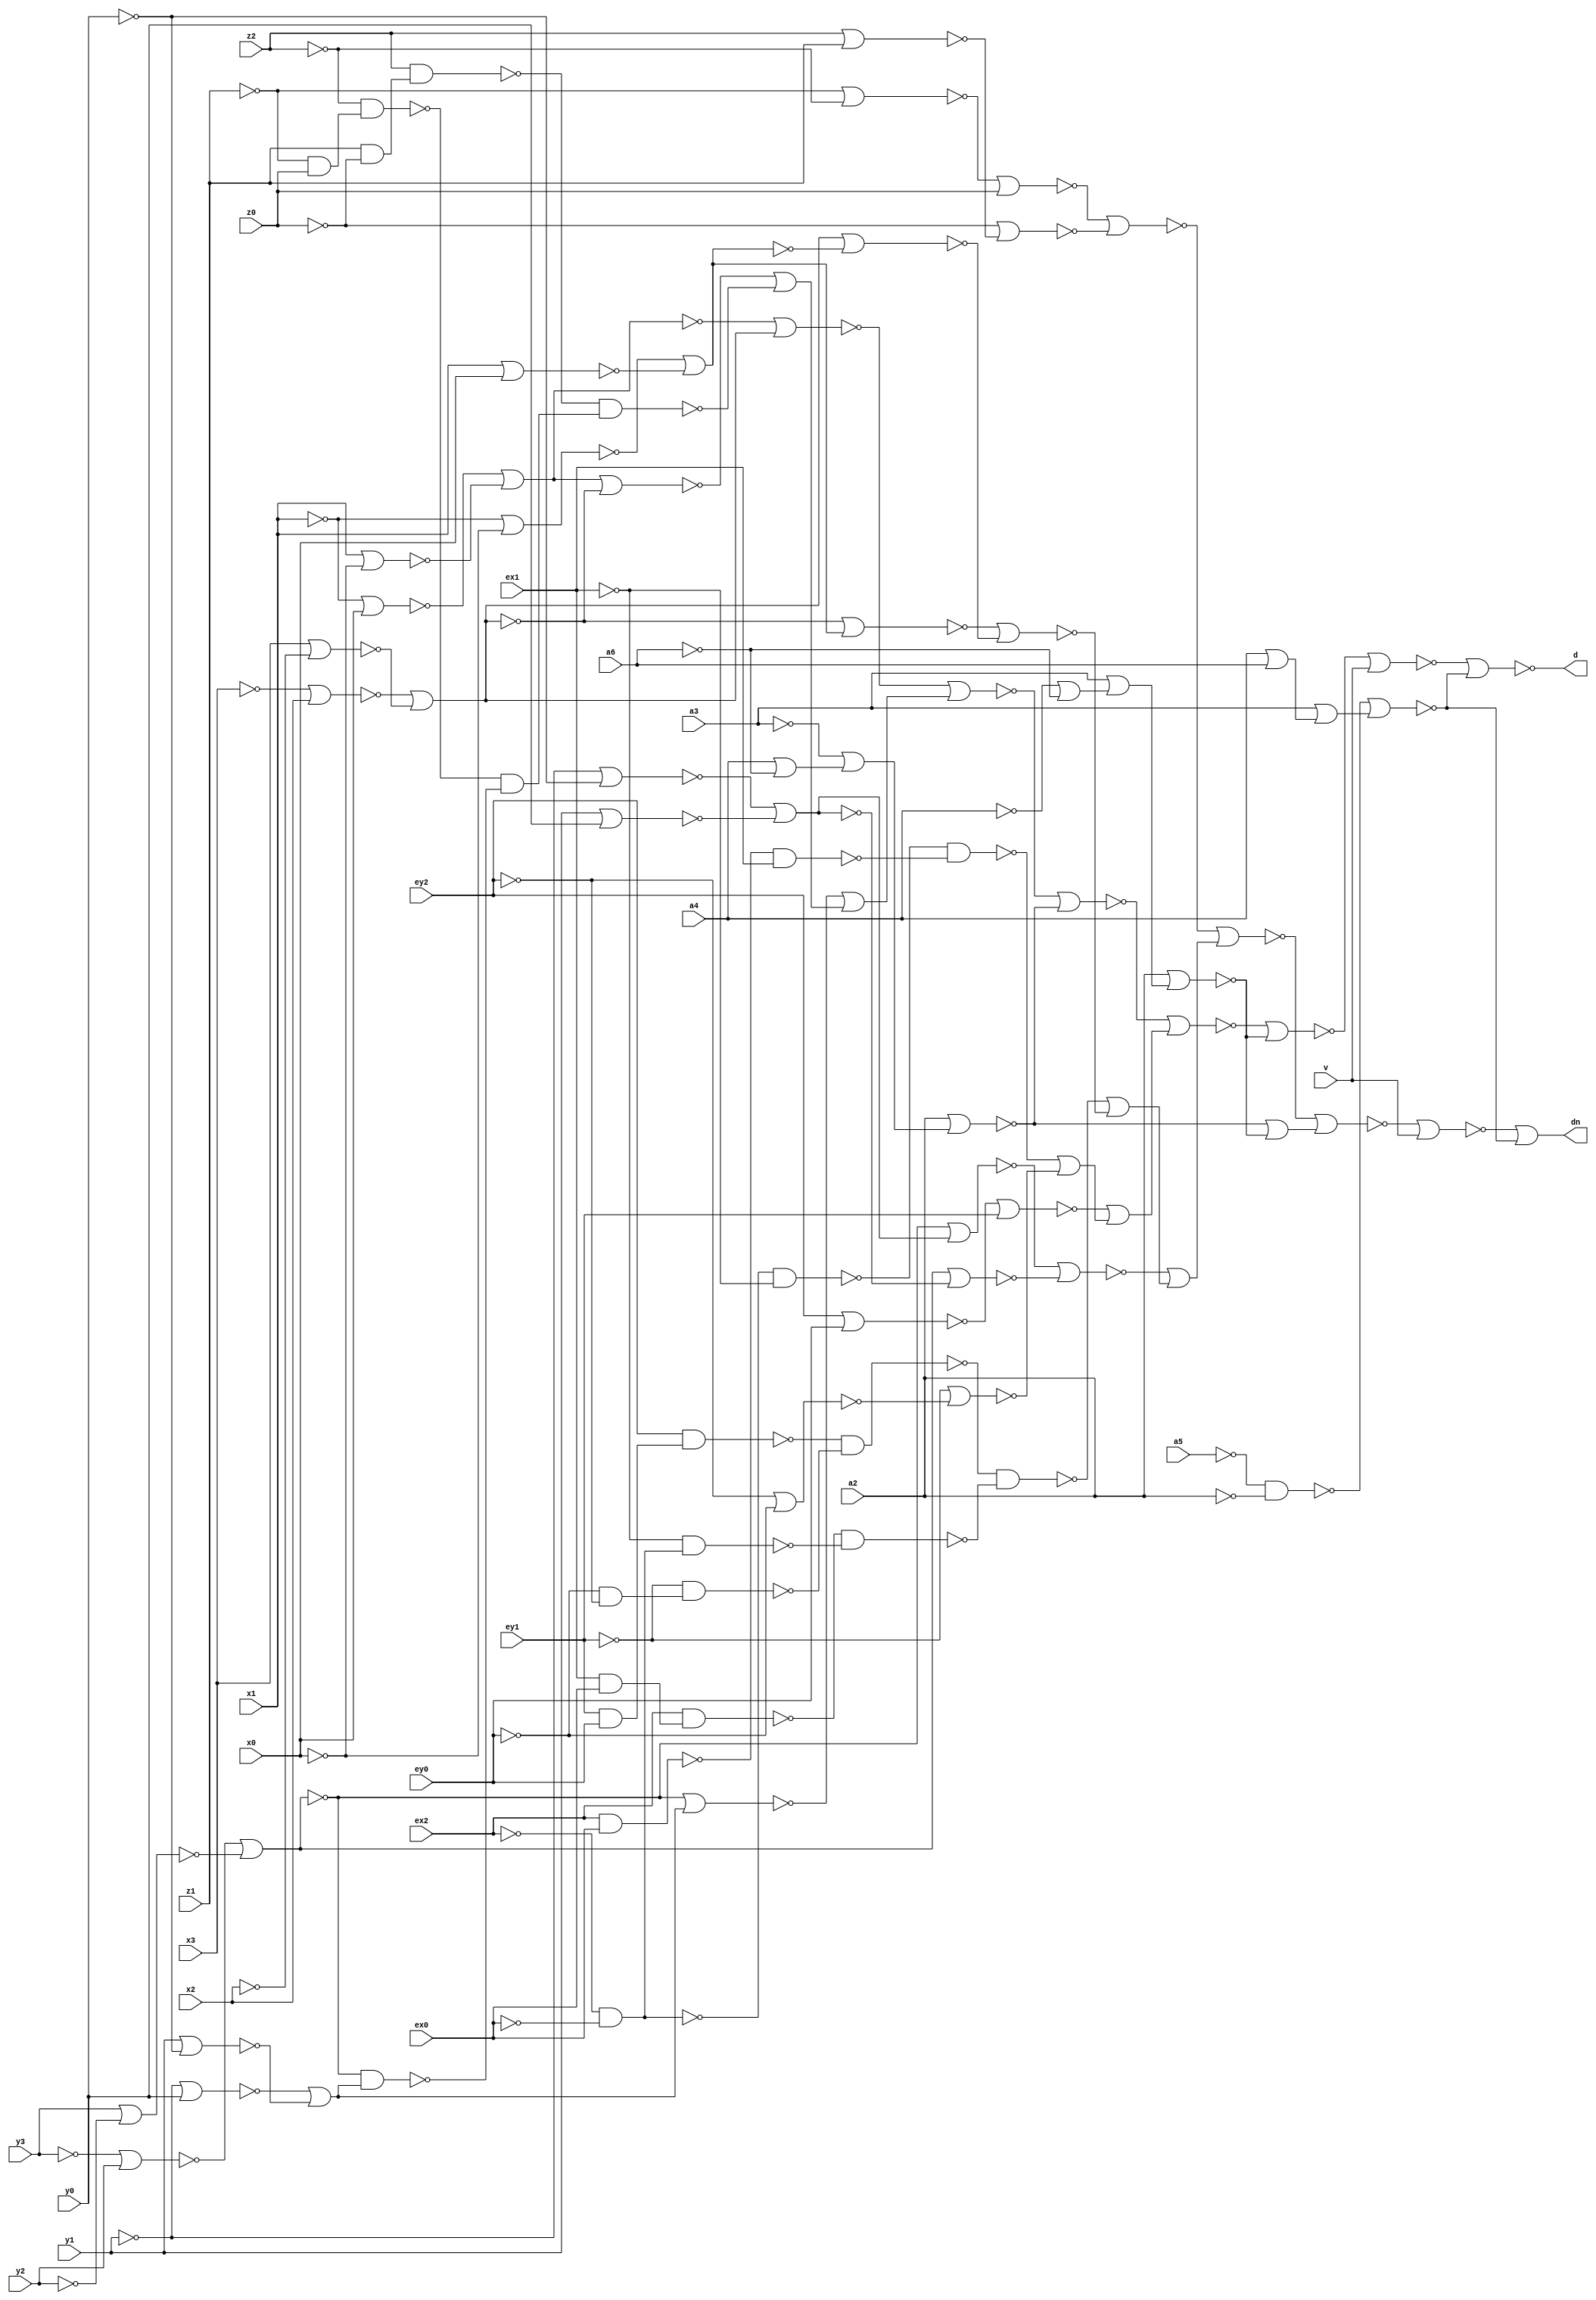
// IWLS benchmark module "cordic" printed on Wed May 29 16:31:29 2002
module cordic(a6, a4, a3, a2, a5, v, x0, x1, x2, x3, y0, y1, y2, y3, z0, z1, z2, ex0, ex1, ex2, ey0, ey1, ey2, d, dn);
input
  ex0,
  ex1,
  ex2,
  ey0,
  ey1,
  ey2,
  v,
  x0,
  x1,
  x2,
  x3,
  y0,
  y1,
  y2,
  y3,
  z0,
  z1,
  z2,
  a2,
  a3,
  a4,
  a5,
  a6;
output
  dn,
  d;
wire
  \[157] ,
  \[646] ,
  \[574] ,
  \[123] ,
  \[540] ,
  \[90] ,
  \[526] ,
  \[124] ,
  \[367] ,
  \[590] ,
  \[91] ,
  \[576] ,
  \[614] ,
  \[77] ,
  \[368] ,
  \[542] ,
  \[78] ,
  \[592] ,
  \[630] ,
  \[578] ,
  \[616] ,
  \[350] ,
  \[544] ,
  \[128] ,
  \[594] ,
  \[632] ,
  \[129] ,
  \[618] ,
  \[511] ,
  \[546] ,
  \[596] ,
  \[634] ,
  \[0] ,
  \[514] ,
  \[598] ,
  \[636] ,
  \[321] ,
  \[1] ,
  \[516] ,
  \[250] ,
  \[638] ,
  \[580] ,
  \[237] ,
  \[130] ,
  \[582] ,
  \[568] ,
  \[117] ,
  \[375] ,
  \[118] ,
  \[584] ,
  \[376] ,
  \[119] ,
  \[608] ,
  \[586] ,
  \[503] ,
  \[552] ,
  \[640] ,
  \[588] ,
  \[626] ,
  \[360] ,
  \[505] ,
  \[554] ,
  \[642] ,
  \[347] ,
  \[628] ,
  \[570] ,
  \[522] ,
  \[120] ,
  \[363] ,
  \[508] ,
  \[644] ,
  \[572] ,
  \[524] ;
assign
  \[157]  = ~\[90]  & ~\[91] ,
  \[646]  = ~y1 | y0,
  \[574]  = ~\[554]  | z0,
  \[123]  = ~\[77]  & ex1,
  \[540]  = ~\[570]  | (~\[508]  | ~\[505] ),
  dn = \[1] ,
  \[90]  = ~\[118]  & ~\[117] ,
  \[526]  = ~\[628]  | (~\[626]  | (~\[630]  | ~\[250] )),
  \[124]  = ~\[78]  & ~ex1,
  \[367]  = ~\[598]  | ~\[596] ,
  \[590]  = ~\[368]  | \[367] ,
  \[91]  = ~\[120]  & ~\[119] ,
  \[576]  = \[376]  | ~\[375] ,
  \[614]  = ~ey1 | ~\[522] ,
  \[77]  = ex2 & ex0,
  \[368]  = ~\[594]  | ~\[592] ,
  \[542]  = ~\[574]  | ~\[572] ,
  \[78]  = ~ex2 & ~ex0,
  \[592]  = x3 | ~x2,
  \[630]  = \[360]  | ~\[363] ,
  \[578]  = ~\[376]  | \[375] ,
  \[616]  = ~\[524]  | ey1,
  \[350]  = ~\[634]  | ~\[632] ,
  \[544]  = ~\[578]  | ~\[576] ,
  \[128]  = ~z2 & (~z1 & z0),
  d = \[0] ,
  \[594]  = ~x3 | x2,
  \[632]  = y3 | ~y2,
  \[129]  = z2 & (z1 & ~z0),
  \[618]  = ~\[526]  | ~\[508] ,
  \[511]  = ~\[321]  | (a3 | (a4 | a6)),
  \[546]  = ~\[590]  | ~\[588] ,
  \[596]  = x1 | x0,
  \[634]  = ~y3 | y2,
  \[0]  = ~\[503] ,
  \[514]  = ~\[608]  | v,
  \[598]  = ~x1 | ~x0,
  \[636]  = x3 | ~x2,
  \[321]  = ~a5 & ~a2,
  \[1]  = ~\[568]  | ~\[511] ,
  \[516]  = ~\[618]  | (~\[616]  | (~\[237]  | ~\[614] )),
  \[250]  = ~\[129]  & (~\[128]  & ~\[130] ),
  \[638]  = ~x3 | x2,
  \[580]  = y3 | ~y2,
  \[237]  = ~\[124]  & ~\[123] ,
  \[130]  = ~\[350]  & \[347] ,
  \[582]  = ~y3 | y2,
  \[568]  = ~\[540]  | v,
  \[117]  = ~ey1 & (~ey0 & ~ey2),
  \[375]  = ~\[586]  | ~\[584] ,
  \[118]  = ey2 & (ey1 & ey0),
  \[584]  = y1 | y0,
  \[376]  = ~\[582]  | ~\[580] ,
  \[119]  = ~ex1 & (~ex0 & ~ex2),
  \[608]  = ~\[516]  | ~\[505] ,
  \[586]  = ~y1 | ~y0,
  \[503]  = ~\[514]  | ~\[511] ,
  \[552]  = z2 | z1,
  \[640]  = x1 | ~x0,
  \[588]  = \[368]  | ~\[367] ,
  \[626]  = ~\[350]  | \[347] ,
  \[360]  = ~\[642]  | ~\[640] ,
  \[505]  = a2 | (a3 | (~a4 | ~a6)),
  \[554]  = ~z1 | ~z2,
  \[642]  = ~x1 | x0,
  \[347]  = ~\[646]  | ~\[644] ,
  \[628]  = ~\[360]  | \[363] ,
  \[570]  = ~\[542]  | (~\[544]  | (~\[157]  | ~\[546] )),
  \[522]  = ~ey2 | ~ey0,
  \[120]  = ex2 & (ex1 & ex0),
  \[363]  = ~\[638]  | ~\[636] ,
  \[508]  = a2 | (~a3 | (a4 | ~a6)),
  \[644]  = y1 | ~y0,
  \[572]  = ~z0 | ~\[552] ,
  \[524]  = ey2 | ey0;
endmodule